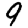
Digit: 9